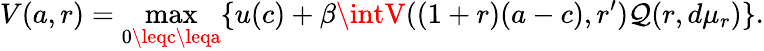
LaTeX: V(a,r)=\operatorname*{max}_{0\leqc\leqa}\{ u(c)+\beta\intV((1+r)(a-c),r^{\prime})\mathcal{Q}(r,d\mu_{r})\} .